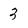
Character: 3